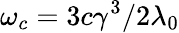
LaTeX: \omega_{c}=3c\gamma^{3}/2\lambda_{0}